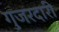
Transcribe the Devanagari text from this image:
गुजरदारी